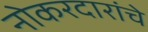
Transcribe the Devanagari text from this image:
नोकरदारांचे